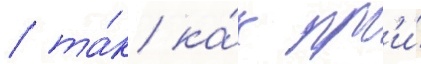
/ та́к ка́к пр'и́